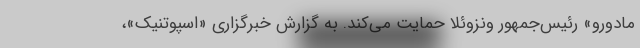
مادورو» رئیس‌جمهور ونزوئلا حمایت می‌کند. به گزارش خبرگزاری «اسپوتنیک»،